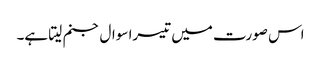
اس صورت میں تیسرا سوال جنم لیتا ہے۔